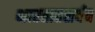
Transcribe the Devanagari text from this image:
भारतातसर्वत्र